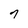
Character: 7